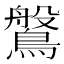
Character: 𪄀